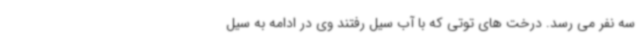
سه نفر می رسد. درخت های توتی که با آب سیل رفتند وی در ادامه به سیل